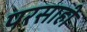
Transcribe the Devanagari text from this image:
परसाही